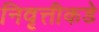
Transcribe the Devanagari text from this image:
निवृत्तीकडे